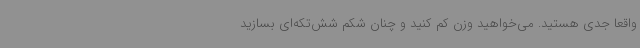
واقعاً جدی هستید. می‌خواهید وزن کم کنید و چنان شکم شش‌تکه‌ای بسازید